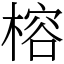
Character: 榕